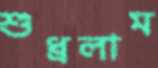
শুধ্‌রলাম